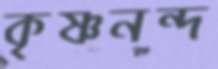
কৃষ্ণনন্দ